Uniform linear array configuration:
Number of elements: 4
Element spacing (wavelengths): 0.25
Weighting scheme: cosine
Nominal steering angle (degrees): -60
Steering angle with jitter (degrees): -58.342
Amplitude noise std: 0.05
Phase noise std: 0.05

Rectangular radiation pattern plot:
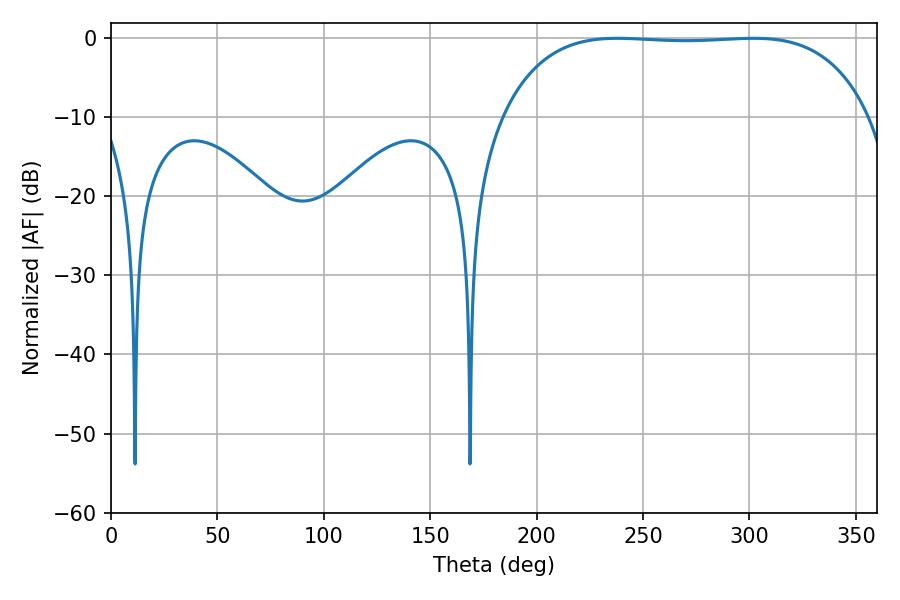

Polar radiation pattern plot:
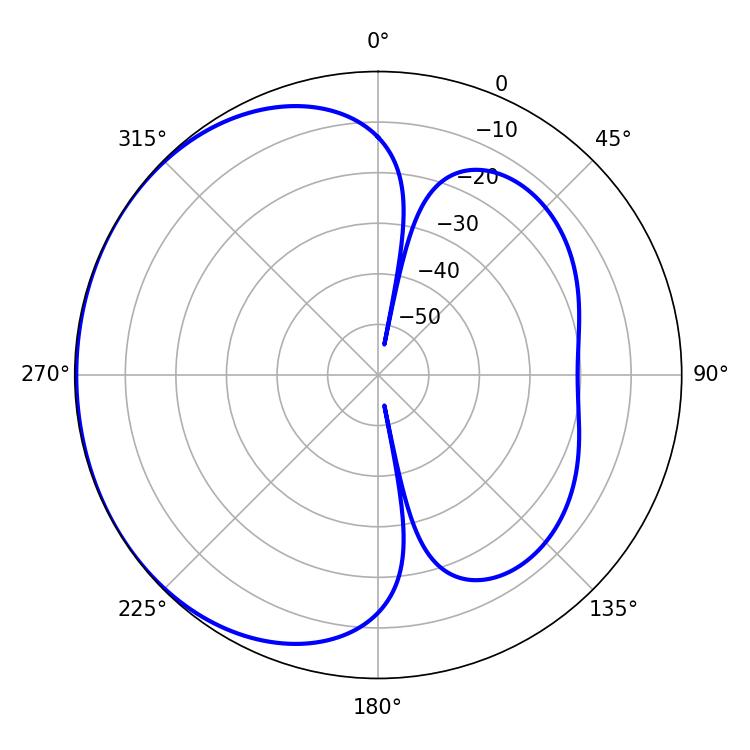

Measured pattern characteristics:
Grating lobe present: FALSE
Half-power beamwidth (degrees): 135
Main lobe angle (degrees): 237.96